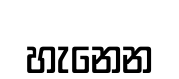
හැනෙන